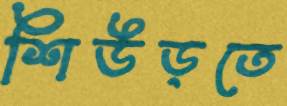
শিউড়তে